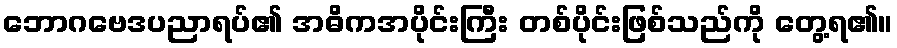
ဘောဂဗေဒပညာရပ်၏ အဓိကအပိုင်းကြီး တစ်ပိုင်းဖြစ်သည်ကို တွေ့ရ၏။